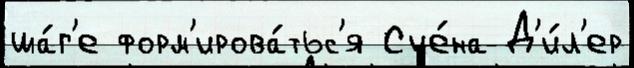
ша́г'е форм'ирова́тьс'я Сце́на Д'и́л'ер